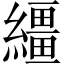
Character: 繮